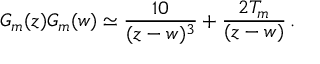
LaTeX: G _ { m } ( z ) G _ { m } ( w ) \simeq { \frac { 1 0 } { ( z - w ) ^ { 3 } } } + { \frac { 2 T _ { m } } { ( z - w ) } } \, .